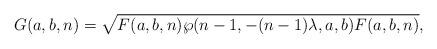
LaTeX: \begin{align*}G(a,b,n)=\sqrt{F(a,b,n)\wp(n-1,-(n-1)\lambda,a,b)F(a,b,n)} ,\end{align*}